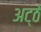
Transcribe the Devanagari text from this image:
अट्ठे